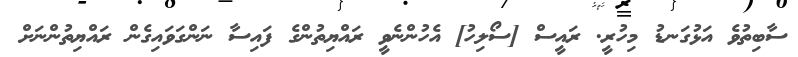
ސާބިތުވެ އަޅުގަނޑު މިހުރީ. ރައީސް [ސޯލިހު] އެހުންނެވީ ރައްޔިތުންގެ ފައިސާ ނަންގަވައިގެން ރައްޔިތުންނަށް